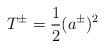
LaTeX: \begin{align*}T^\pm = \frac{1}{2} (a^\pm )^2\end{align*}